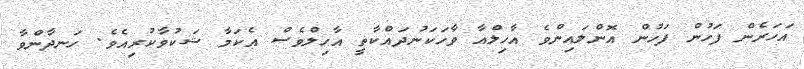
އަހަރެން ފަހުން ފަހުން އޮންލައިންވެ އާހިލްއާ ވާހަކަނުދައްކާތީ އާހިލްވެސް އެކަމާ ޝަކުވާކުރިއެވެ. ހަނދާންވާ